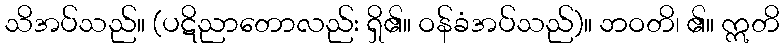
သိအပ်သည်။ (ပဋိညာတောလည်း ရှိ၏။ ဝန်ခံအပ်သည်)။ ဘဝတိ၊ ၏။ ဣတိ